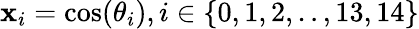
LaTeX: \mathbf{x}_{i}=\cos(\theta_{i}),i\in\{ 0,1,2,..,13,14\}